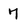
Character: 7